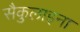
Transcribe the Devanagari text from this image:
सैकुलाइना